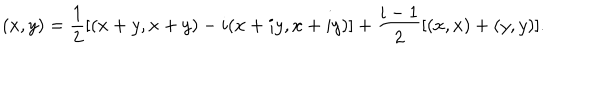
LaTeX: ( x , y ) = \frac { 1 } { 2 } [ ( x + y , x + y ) - i ( x + i y , x + i y ) ] + \frac { i - 1 } { 2 } [ ( x , x ) + ( y , y ) ] .